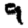
Digit: 9